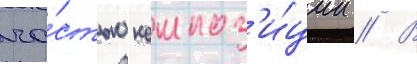
ча́стью композ'и́ции // В